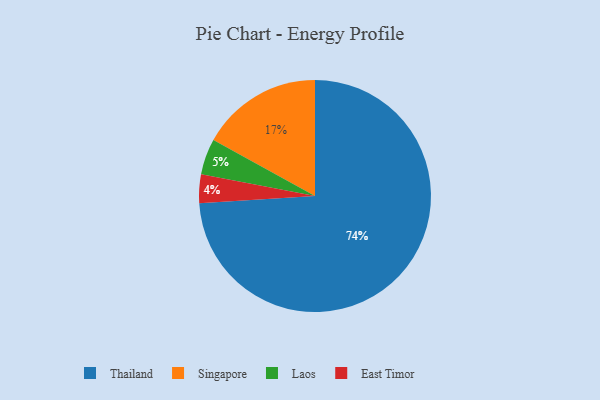
{"axis": {"x": "Category", "y": "Percentage"}, "legend": ["East Timor", "Laos", "Singapore", "Thailand"], "data": [{"x": "Laos", "y": 5, "type": "Laos"}, {"x": "Thailand", "y": 74, "type": "Thailand"}, {"x": "East Timor", "y": 4, "type": "East Timor"}, {"x": "Singapore", "y": 17, "type": "Singapore"}]}